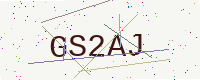
Text: GS2AJ